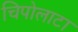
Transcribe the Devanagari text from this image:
चिपोलाटा